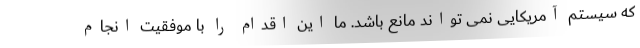
که سیستم آمریکایی نمی تواند مانع باشد. ما این اقدام را با موفقیت انجام